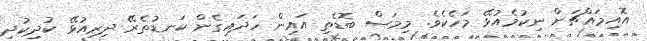
އޮއިމައްޗަށް ނިކުމެއުޅޭ މަހެކެވެ. މިމަސް ބޮޑެތި އައިން ހަދައިގެން ކަނޑުތެރޭ ދިރިއުޅޭ ކުދިކުދި